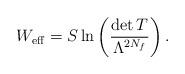
LaTeX: \begin{align*}W_{\rm eff}=S \ln\left(\frac{\det T}{\Lambda^{2N_f}}\right).\end{align*}